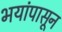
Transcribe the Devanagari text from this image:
भयांपासून